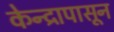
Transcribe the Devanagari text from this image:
केन्द्रापासून